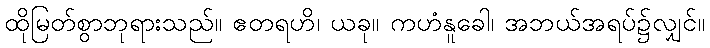
ထိုမြတ်စွာဘုရားသည်။ ဧတရဟိ၊ ယခု။ ကဟံနူခေါ၊ အဘယ်အရပ်၌လျှင်။